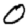
Digit: 0